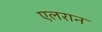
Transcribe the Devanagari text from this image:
एलरान